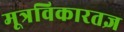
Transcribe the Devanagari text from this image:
मूत्रविकारतज्ञ